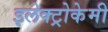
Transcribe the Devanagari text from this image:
इलेक्ट्रोकेमी